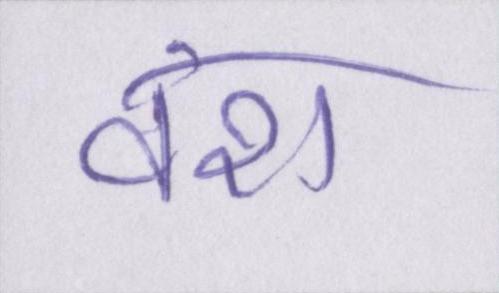
वंश